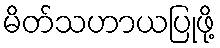
မိတ်သဟာယပြုဖို့